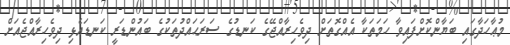
މުޢާހަދާގައި ބަޔާންކޮށްފައިވާ ހަމަތަކާ އެއްގޮތަށް ދިވެހިރާއްޖޭގެ ކަނޑުގެ ސަރަޙައްދުތަކުގެ ބައުންޑަރީ ކަނޑައެޅި ދިވެހިރާއްޖެއަށް